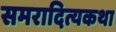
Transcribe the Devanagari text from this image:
समरादित्यकथा